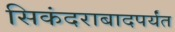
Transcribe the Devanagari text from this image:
सिकंदराबादपर्यंत